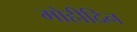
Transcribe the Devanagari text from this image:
मोहीदिन